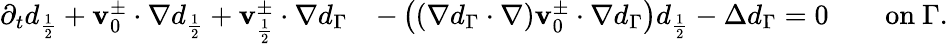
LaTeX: \begin{array}{rl}{\partial_{t}d_{\frac{1}{2}}+\mathbf{v}_{0}^{\pm}\cdot\nabla d_{\frac{1}{2}}+\mathbf{v}_{\frac{1}{2}}^{\pm}\cdot\nabla d_{\Gamma}}&{-\left((\nabla d_{\Gamma}\cdot\nabla)\mathbf{v}_{0}^{\pm}\cdot\nabla d_{\Gamma}\right)d_{\frac{1}{2}}-\Delta d_{\Gamma}=0\qquad\mathrm{on~}\Gamma.}\end{array}